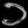
Digit: ၁